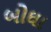
બોઘા